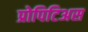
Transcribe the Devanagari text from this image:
प्रोपिटिअस